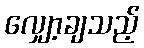
လျှော့ချသည့်